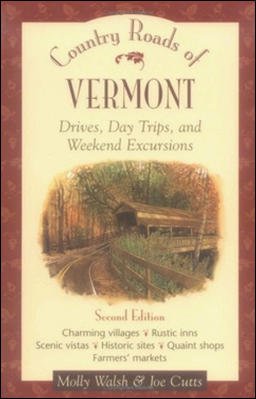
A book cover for Country Roads of Vermont; Molly Walsh; Travel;